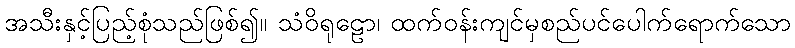
အသီးနှင့်ပြည့်စုံသည်ဖြစ်၍။ သံဝိရုဠော၊ ထက်ဝန်းကျင်မှစည်ပင်ပေါက်ရောက်သော